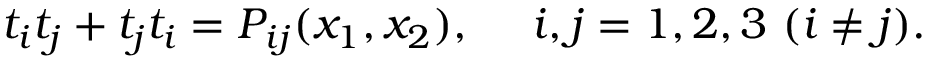
t _ { i } t _ { j } + t _ { j } t _ { i } = P _ { i j } ( x _ { 1 } , x _ { 2 } ) , ~ ~ ~ ~ i , j = 1 , 2 , 3 ~ ( i \neq j ) .